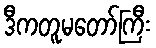
ဒီကတူမတော်ကြီး